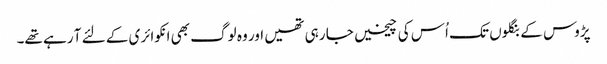
پڑوس کے بنگلوں تک اُس کی چیخیں جا رہی تھیں اور وہ لوگ بھی انکوائری کے لئے آ رہے تھے۔